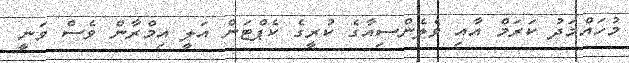
މުހައްމަދު ކަރަމް އާއި ވެލެންސިއާގެ ކުރީގެ ކެޕްޓަން އަލީ އިމްރާން ވެސް ވަނީ